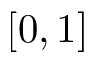
\lbrack 0 , 1 \rbrack